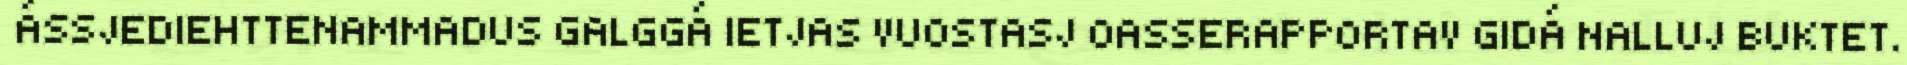
ÁSSJEDIEHTTENAMMADUS GALGGÁ IETJAS VUOSTASJ OASSERAPPORTAV GIDÁ NALLUJ BUKTET.